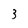
Character: 3